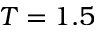
T = 1 . 5